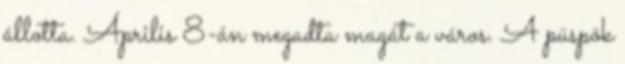
állotta. Április 8-án megadta magát a város. A püspök